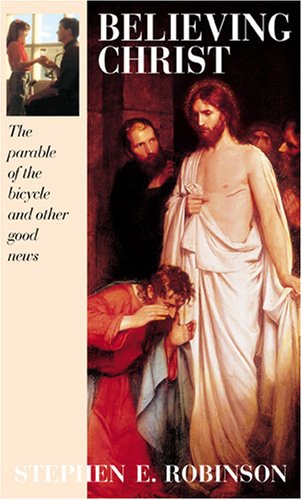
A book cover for Believing Christ the Parable of the Bicycle and Other Good News; Stephen E Robinson; Christian Books & Bibles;